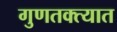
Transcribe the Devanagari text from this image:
गुणतक्त्यात